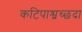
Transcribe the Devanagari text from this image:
कटिपाश्व्रच्छदा